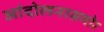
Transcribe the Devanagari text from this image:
आंदोलनासमोर